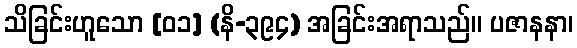
သိခြင်းဟူသော [၀၁] (နိ-၃၉၄) အခြင်းအရာသည်။ ပဇာနနာ၊